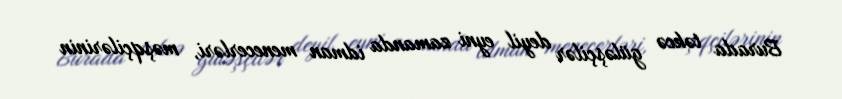
Burada təkcə güləşçilər deyil eyni zamanda idman menecerləri, məşqçilərinin